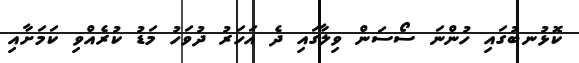
ކޮޅުނބުގައި ހުންނަ ސޯސަން ވިލާގައި ދެ އަހަރު ދުވަހު މަޑު ކުރެއްވި ކަމަށާއި